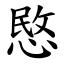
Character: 愍